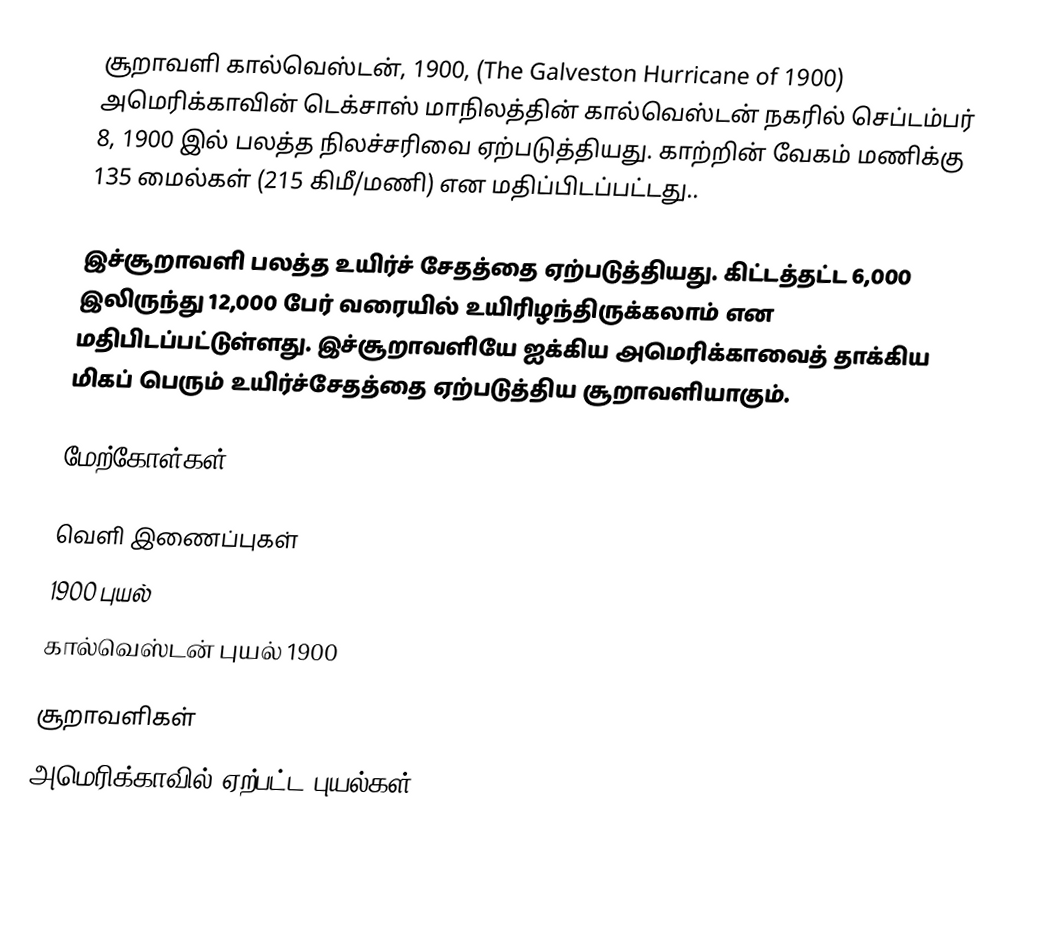
சூறாவளி கால்வெஸ்டன், 1900, (The Galveston Hurricane of 1900) அமெரிக்காவின் டெக்சாஸ் மாநிலத்தின் கால்வெஸ்டன் நகரில் செப்டம்பர் 8, 1900 இல்  பலத்த நிலச்சரிவை ஏற்படுத்தியது. காற்றின் வேகம் மணிக்கு 135 மைல்கள் (215 கிமீ/மணி) என மதிப்பிடப்பட்டது..

இச்சூறாவளி பலத்த உயிர்ச் சேதத்தை ஏற்படுத்தியது. கிட்டத்தட்ட 6,000 இலிருந்து 12,000 பேர் வரையில் உயிரிழந்திருக்கலாம் என மதிபிடப்பட்டுள்ளது. இச்சூறாவளியே ஐக்கிய அமெரிக்காவைத் தாக்கிய மிகப் பெரும் உயிர்ச்சேதத்தை ஏற்படுத்திய சூறாவளியாகும்.

மேற்கோள்கள்

வெளி இணைப்புகள்
1900 புயல்
கால்வெஸ்டன் புயல் 1900

சூறாவளிகள்
அமெரிக்காவில் ஏற்பட்ட புயல்கள்